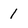
Character: 1